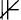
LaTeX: \nVdash